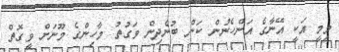
މިމީ އަކީ އޭނާގެ އަންހެނުން ކަން ބުނެދިން ވަގުތު މާހިންގެ މޫނަށް ވީގޮތް